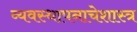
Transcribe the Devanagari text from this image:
व्यवस्थापनाचेशास्त्र